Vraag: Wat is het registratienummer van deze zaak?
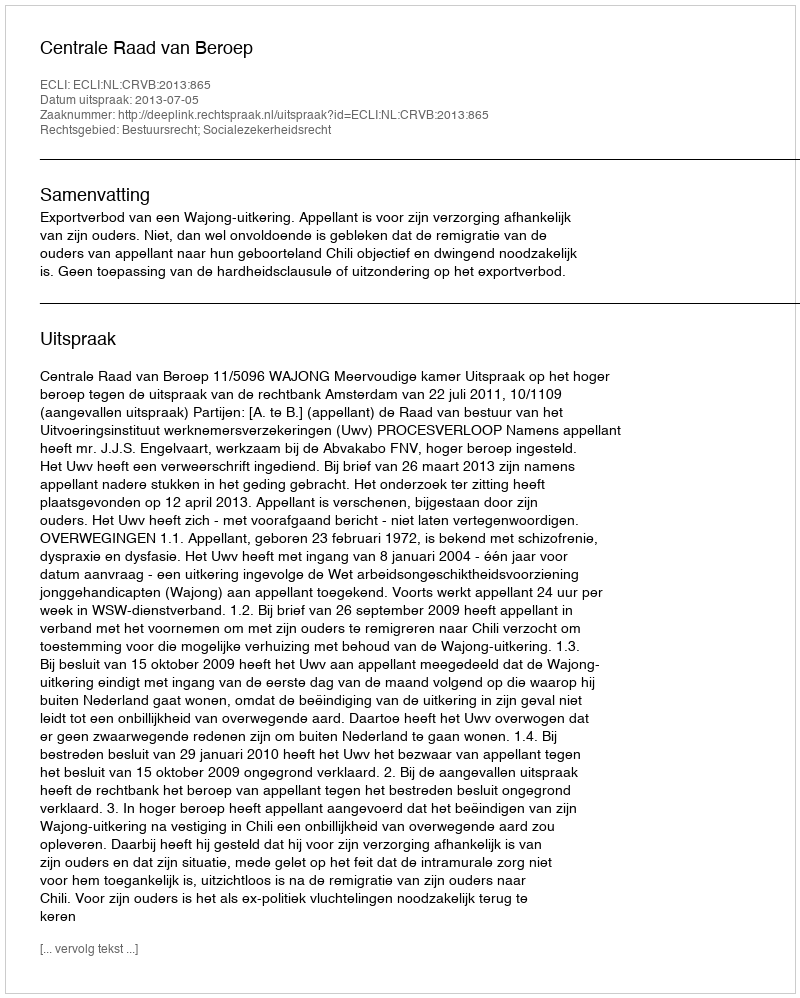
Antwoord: http://deeplink.rechtspraak.nl/uitspraak?id=ECLI:NL:CRVB:2013:865